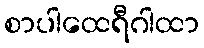
စာပါထေရီဂါထာ